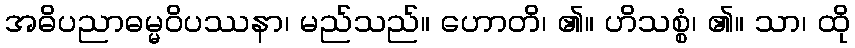
အဓိပညာဓမ္မဝိပဿနာ၊ မည်သည်။ ဟောတိ၊ ၏။ ဟိသစ္စံ၊ ၏။ သာ၊ ထို